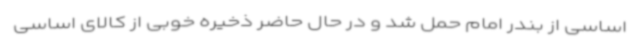
اساسی از بندر امام حمل شد و در حال حاضر ذخیره خوبی از کالای اساسی